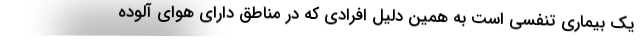
یک بیماری تنفسی است به همین دلیل افرادی که در مناطق دارای هوای آلوده